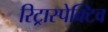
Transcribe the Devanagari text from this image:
रिट्रास्पेक्टिव